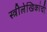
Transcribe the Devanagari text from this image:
स्त्रीलेखिकांची